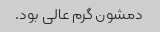
دمشون گرم عالی بود.